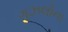
ગઝલોના